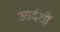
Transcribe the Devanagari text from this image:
आर्दशों